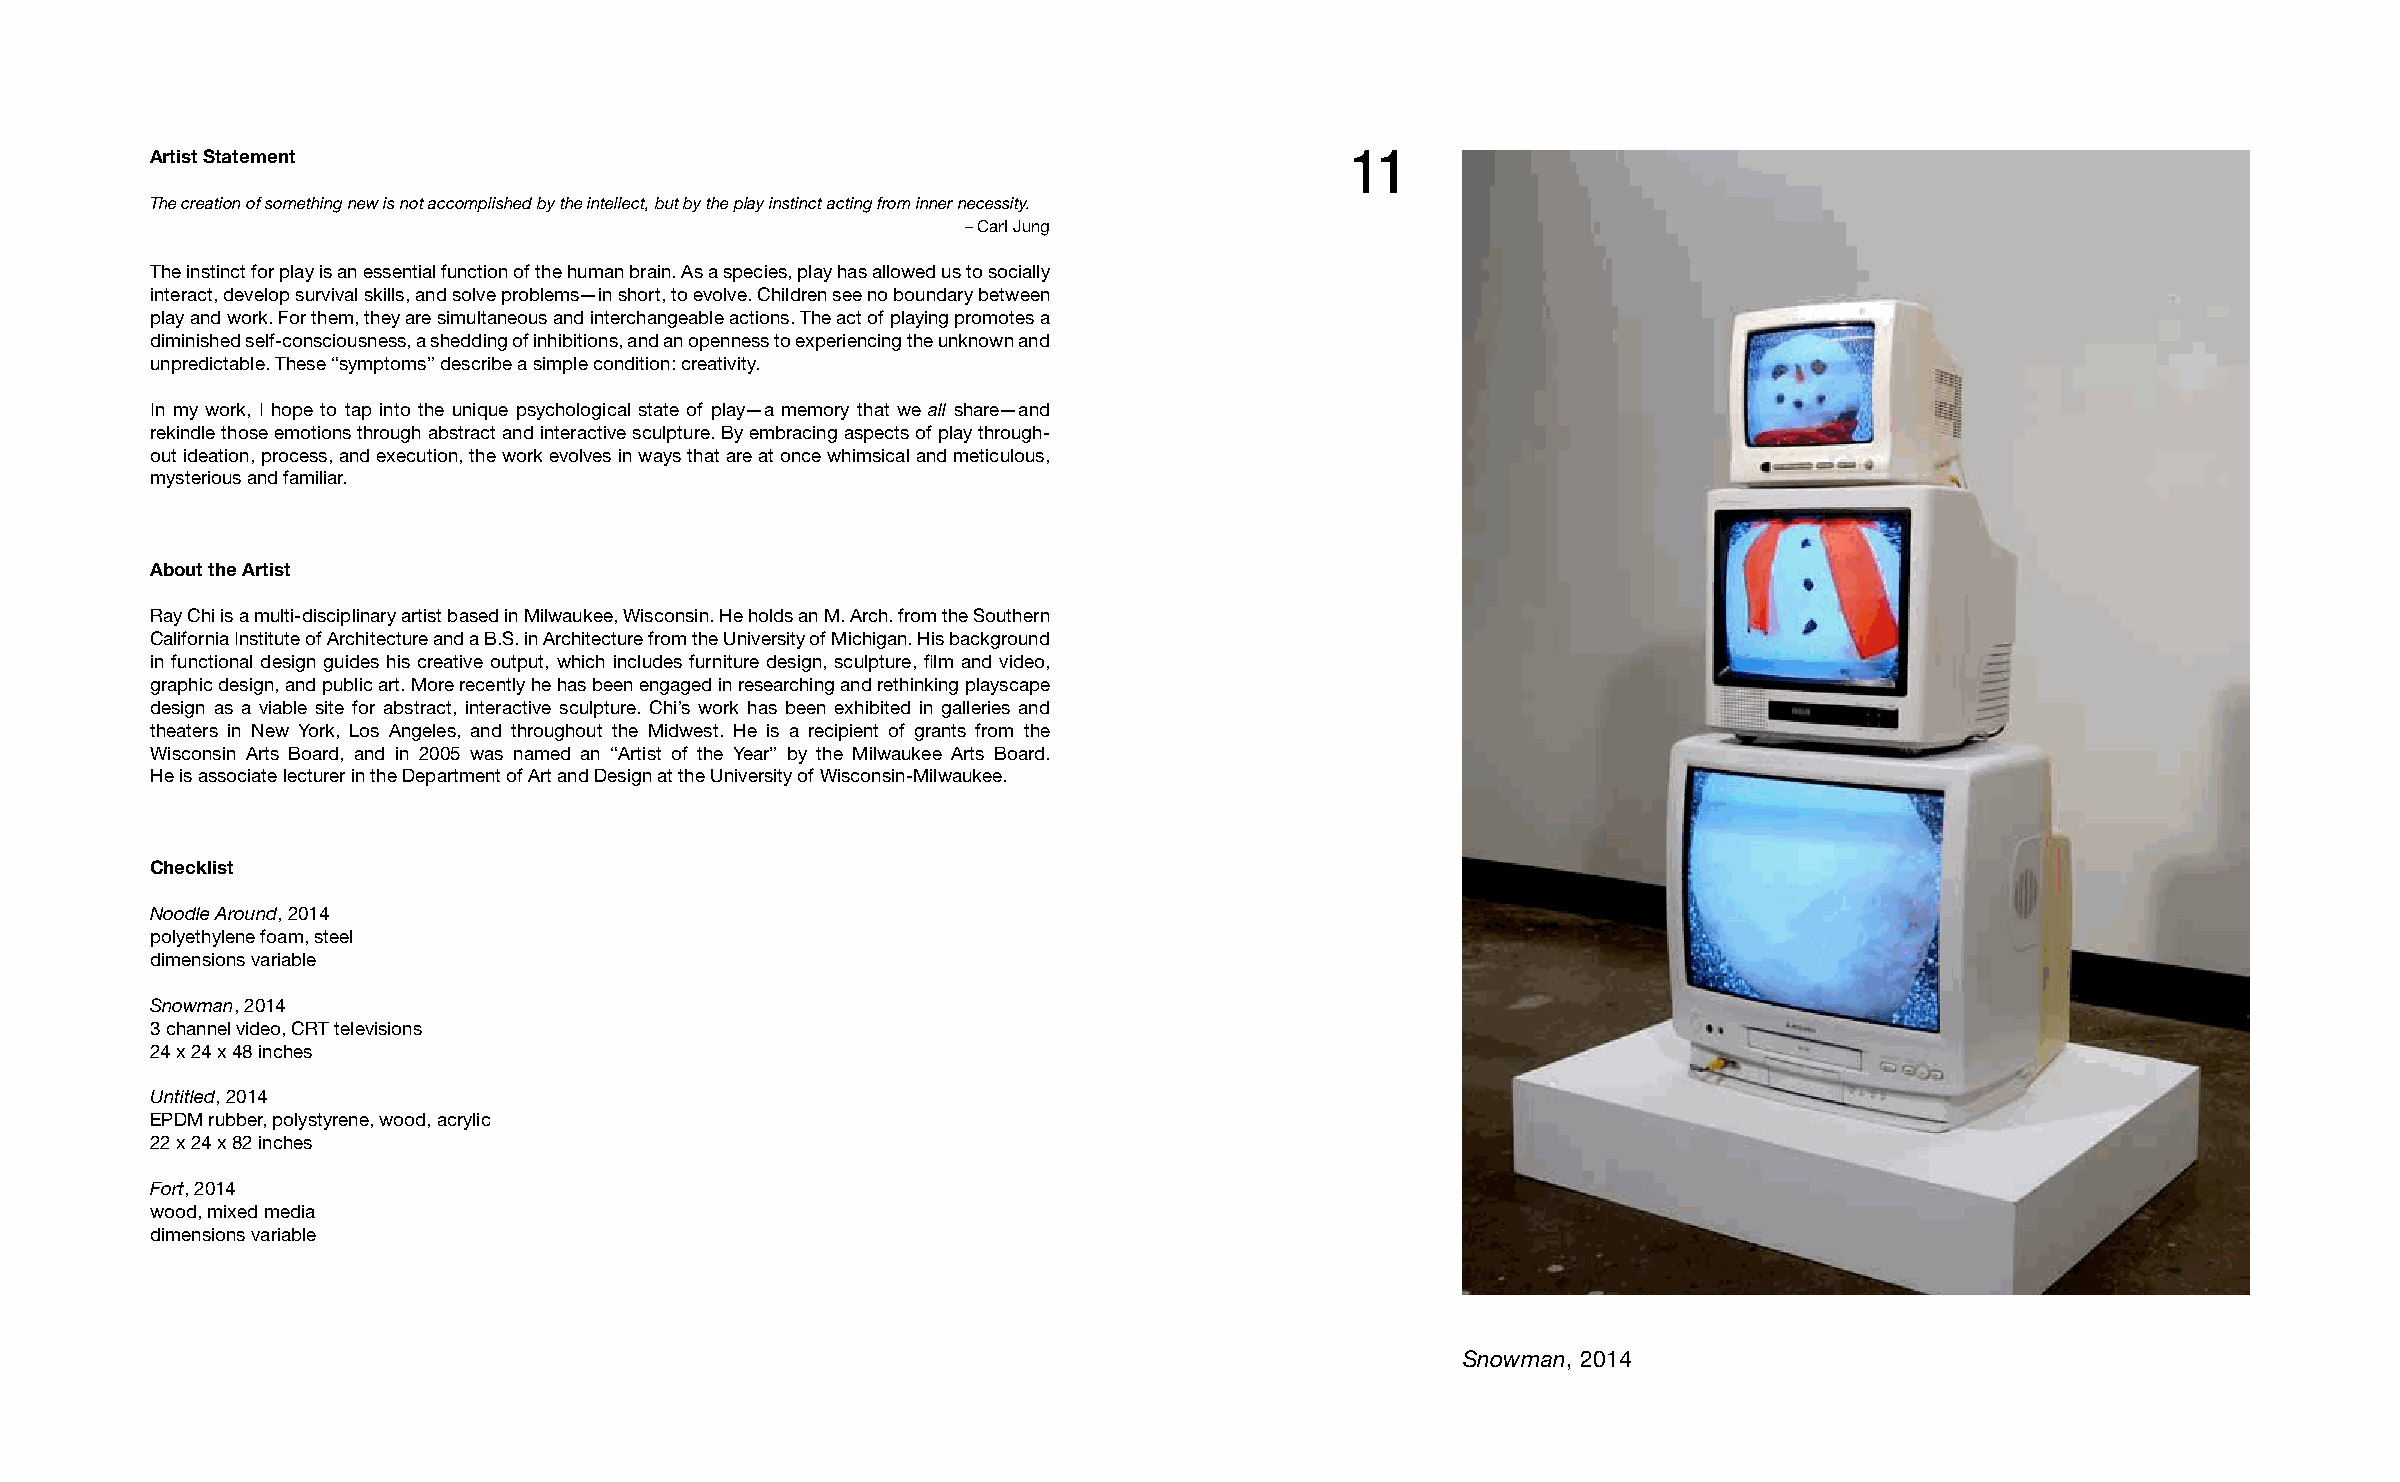
Artist Statement                                                               11
 The creation of something new is not accomplished by the intellect, but by the play instinct acting from inner necessity.
 – Carl Jung
 The instinct for play is an essential function of the human brain. As a species, play has allowed us to socially
 interact, develop survival skills, and solve problems—in short, to evolve. Children see no boundary between
 play and work. For them, they are simultaneous and interchangeable actions. The act of playing promotes a
 diminished self-consciousness, a shedding of inhibitions, and an openness to experiencing the unknown and
 unpredictable. These “symptoms” describe a simple condition: creativity.
 In my work, I hope to tap into the unique psychological state of play—a memory that we all share—and
 rekindle those emotions through abstract and interactive sculpture. By embracing aspects of play through-
 out ideation, process, and execution, the work evolves in ways that are at once whimsical and meticulous,
 mysterious and familiar.
 About the Artist
 Ray Chi is a multi-disciplinary artist based in Milwaukee, Wisconsin. He holds an M. Arch. from the Southern
 California Institute of Architecture and a B.S. in Architecture from the University of Michigan. His background
 in functional design guides his creative output, which includes furniture design, sculpture, film and video,
 graphic design, and public art. More recently he has been engaged in researching and rethinking playscape
 design as a viable site for abstract, interactive sculpture. Chi’s work has been exhibited in galleries and
 theaters in New York, Los Angeles, and throughout the Midwest. He is a recipient of grants from the
 Wisconsin Arts Board, and in 2005 was named an “Artist of the Year” by the Milwaukee Arts Board.
 He is associate lecturer in the Department of Art and Design at the University of Wisconsin-Milwaukee.
 Checklist
 Noodle Around, 2014
 polyethylene foam, steel
 dimensions variable
 Snowman, 2014
 3 channel video, CRT televisions
 24 x 24 x 48 inches
 Untitled, 2014
 EPDM rubber, polystyrene, wood, acrylic
 22 x 24 x 82 inches
 Fort, 2014
 wood, mixed media
 dimensions variable
 Snowman, 2014